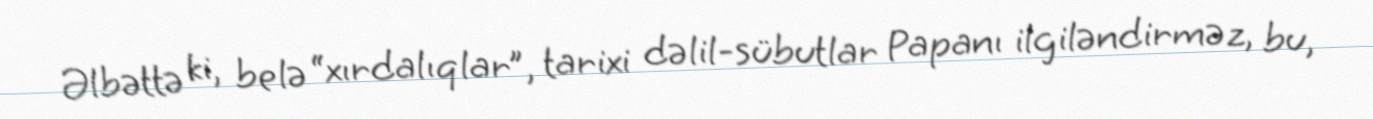
Əlbəttə ki, belə “xırdalıqlar”, tarixi dəlil-sübutlar Papanı ilgiləndirməz, bu,